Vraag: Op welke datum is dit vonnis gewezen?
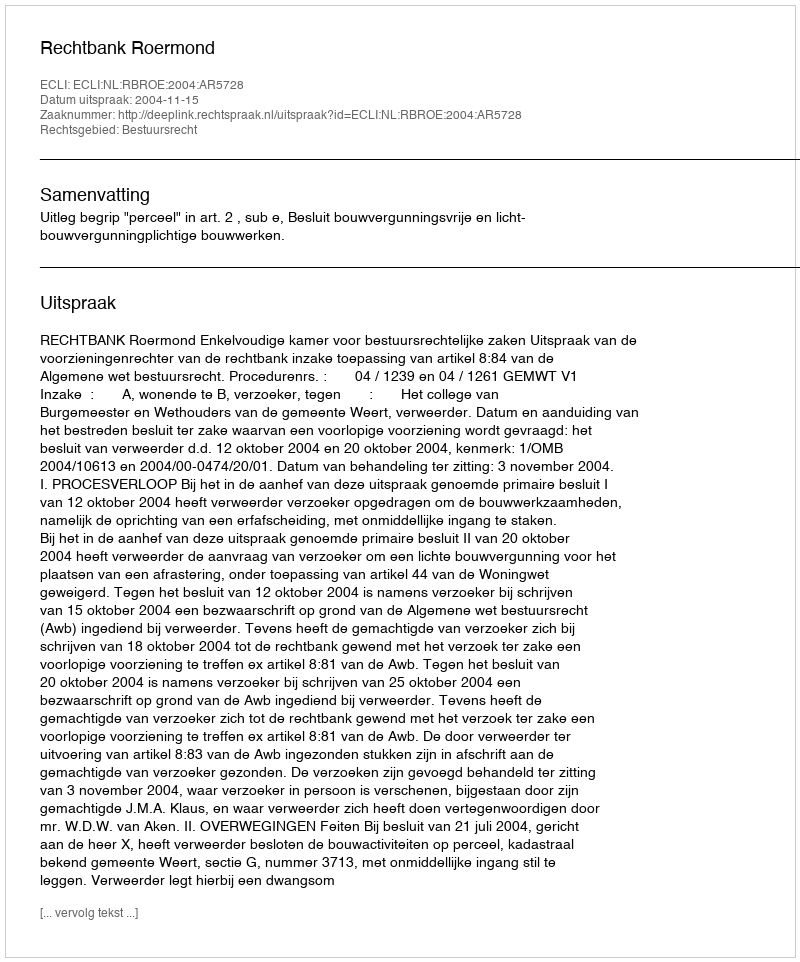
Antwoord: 2004-11-15